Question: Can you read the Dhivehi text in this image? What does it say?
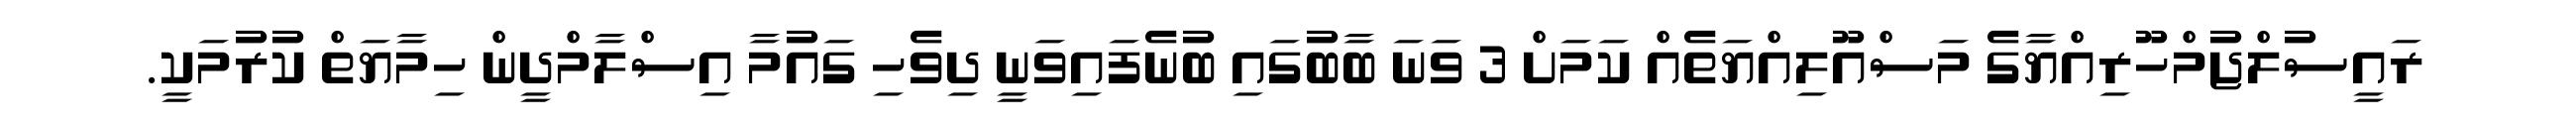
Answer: ރައީސުލްޖުމްހޫރިއްޔާގެ މަސްއޫލިއްޔަތެއް ކަމަށް 3 ވަނަ ބާބުގައި ބުނެފައިވަނީ ދިވެހި ގައުމާ އިސްލާމްދީން ހިމާޔަތް ކުރުމަކީ.